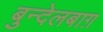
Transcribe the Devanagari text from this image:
बुन्देलबाग़